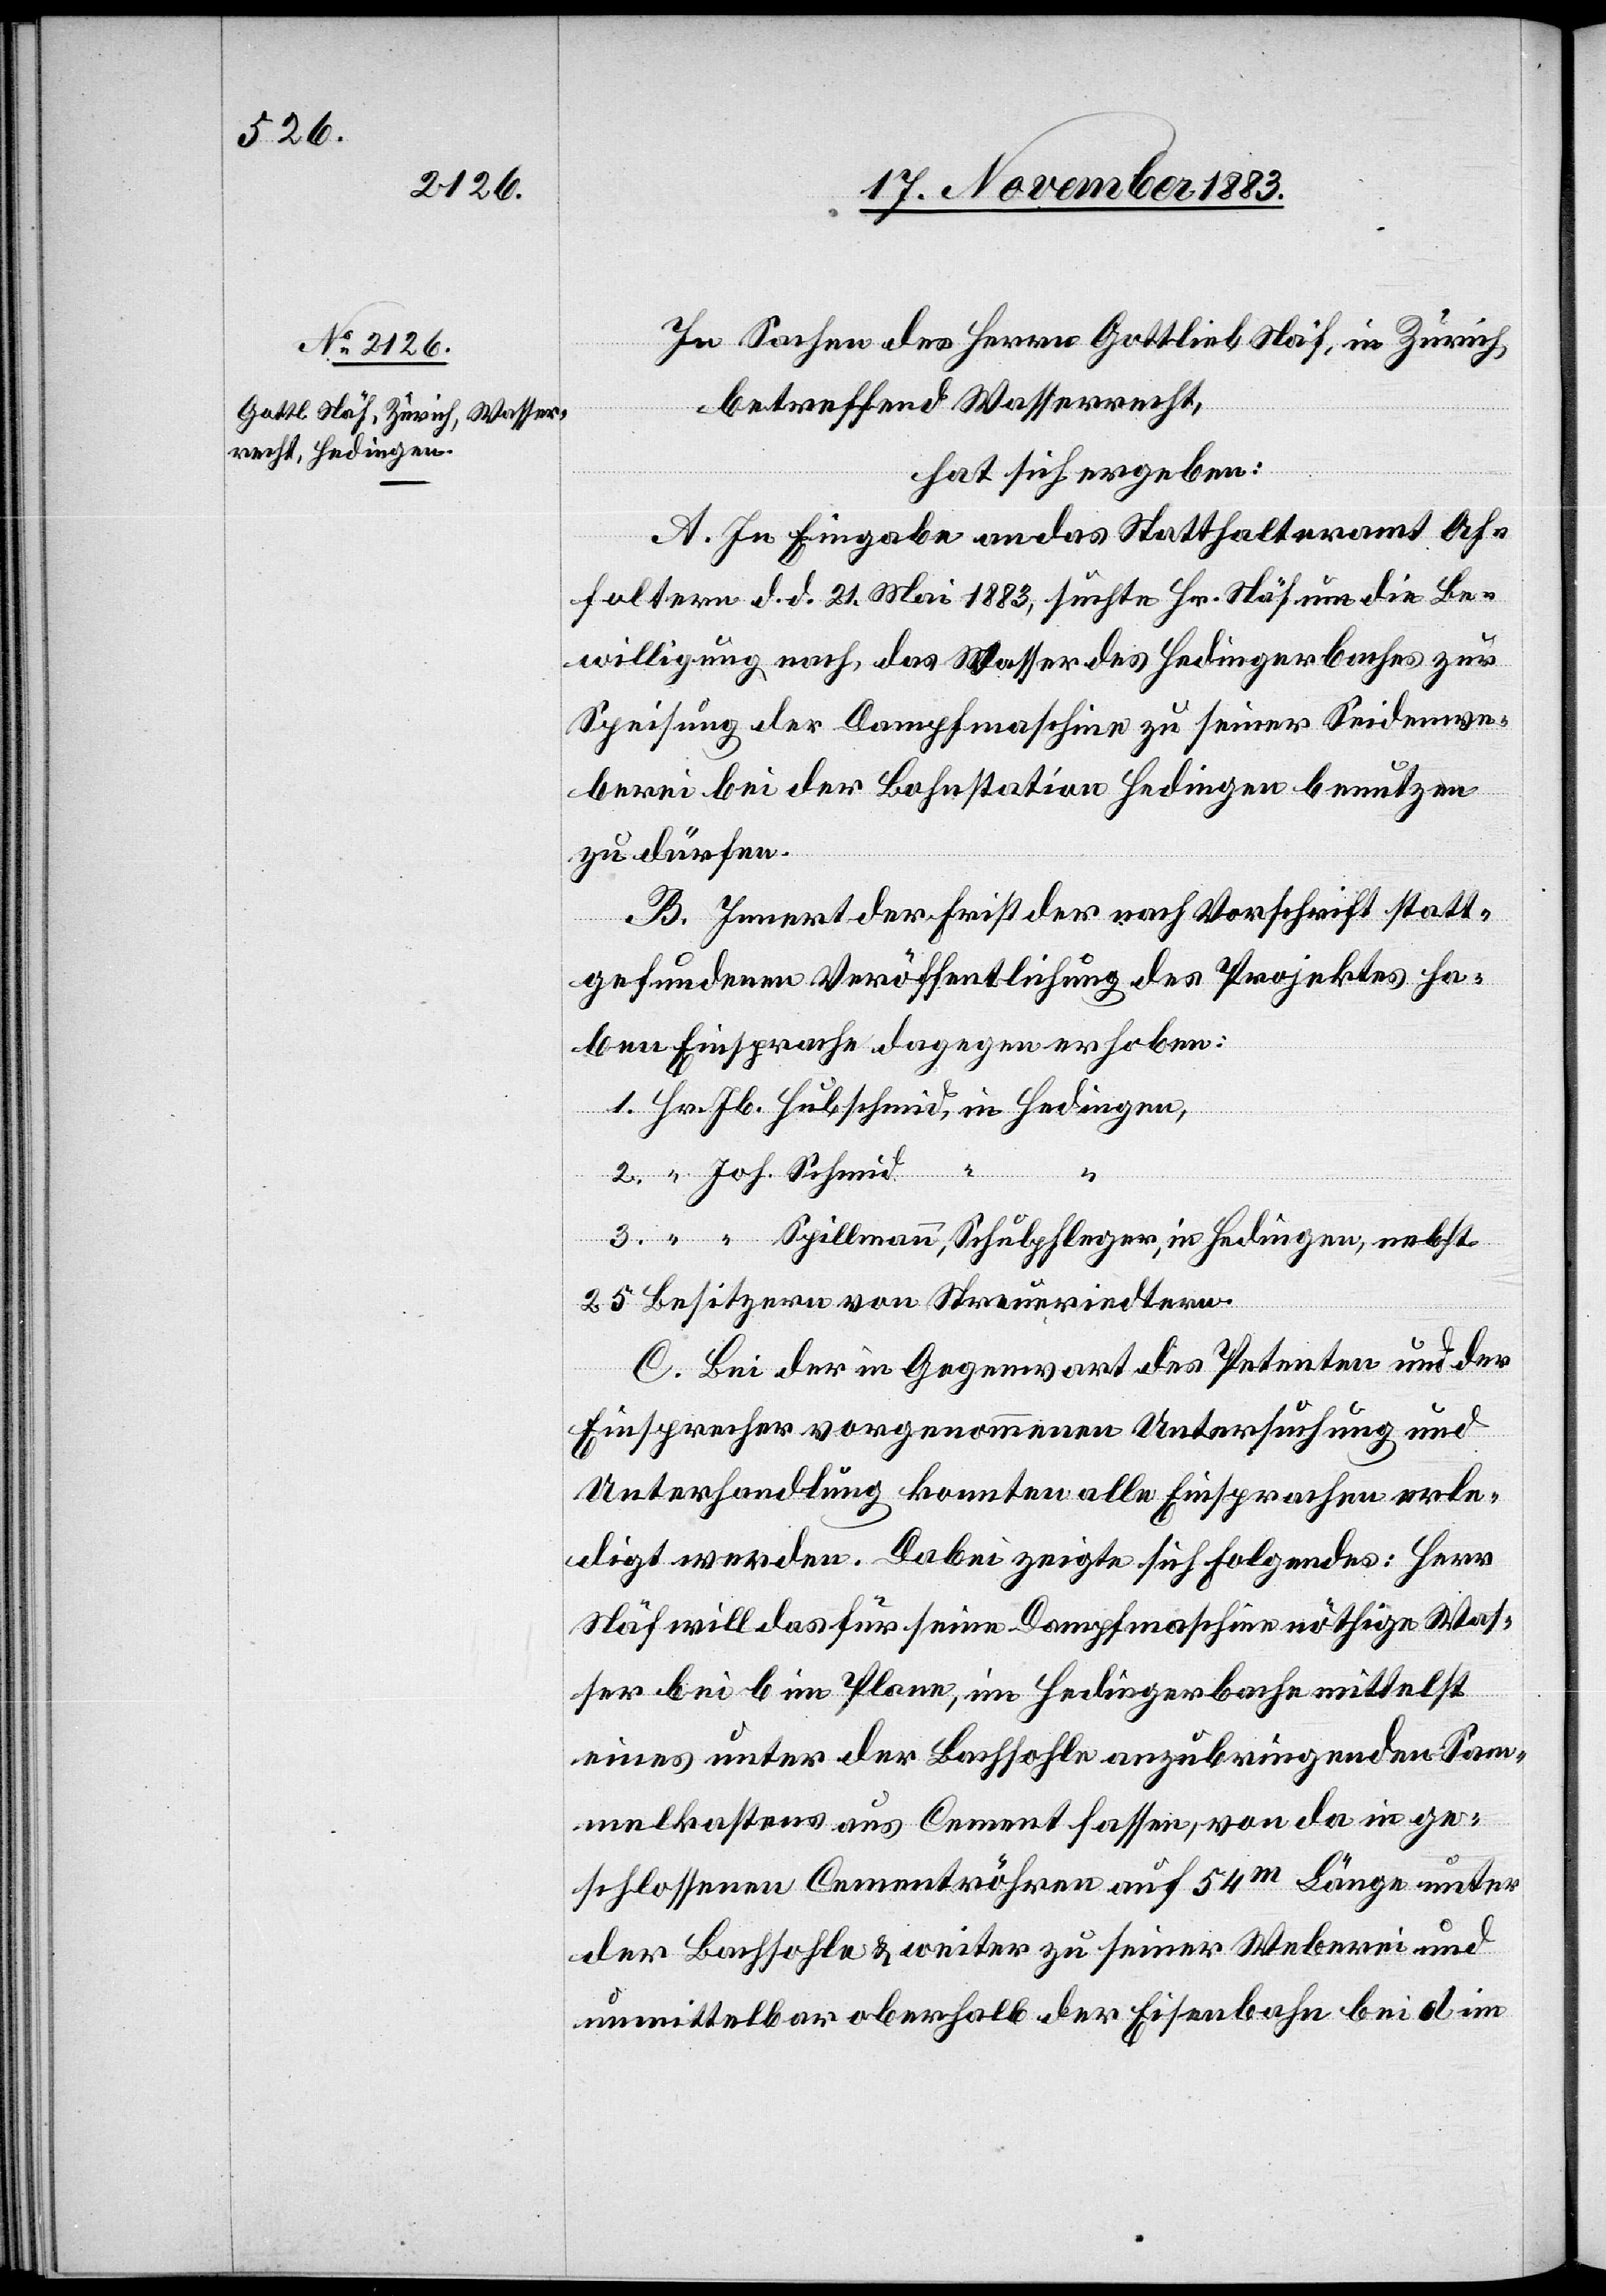
In Sachen des Herrn Gottlieb Näf, in Zürich,
betreffend Wasserrecht
hat sich ergeben:
A. In Eingabe an das Statthalteramt Af¬
foltern d. d. 21. Mai 1883, suchte Hr.Näf um die Be¬
willigung nach, das Wasser des Hedingerbaches zur
Speisung der Dampfmaschine zu seiner Seidenwe¬
berei bei der Bahnstation Hedingen benutzen
zu dürfen.
B. Innert der Frist der nach Vorschrift statt¬
gefundenen Veröffentlichung des Projektes ha¬
ben Einsprache dagegen erhoben:
3.
25 Besitzern von Streueriedtern.
C. Bei der Gegenwart des Petenten und der
Einsprecher vorgenommenen Untersuchung und
Unterhandlung konnten alle Einsprachen erle¬
digt werden. Dabei zeigte sich folgendes: Herr
Näf will das für seine Dampfmaschine nöthige Was¬
ser bei b im Plane, im Hedingerbache mittelst
eines unter der Bachsohle anzubringenden Sam¬
melkastens aus Cement fassen, von da in ge¬
schlossenen Cementröhren auf 54m Länge unter
der Bachsohle & weiter zu seiner Weberei und
unmittelbar oberhalb der Eisenbahn bei d im